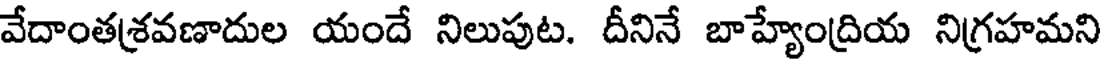
వేదాంతశ్రవణాదుల యందే నిలుపుట. దీనినే బాహ్యేంద్రియ నిగ్రహమని